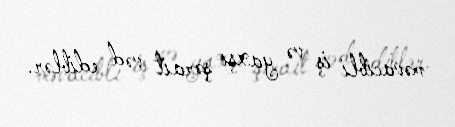
məvacibli iş və yaxşı şərait vəd ediblər.